system: You are a helpful assistant.
user:
Analyze the provided spectrum to determine if it is a **White Dwarf (WD)**.

A White Dwarf spectrum is defined by its **extreme purity** (due to gravitational settling) and/or **extreme pressure broadening** (due to high surface gravity). You must check for one of the following mutually exclusive signatures:

- **Key Visual Indicators (Check for ONE of these types):**

    - **1. DA-Type Signature (Most Common):**
        - **(Primary Feature):** Extreme pressure broadening (Stark broadening) of the **Hydrogen (H) Balmer lines**.
        - **(Key Lines):** $H\beta$ (approx. $4861$ Å) and $H\gamma$ (approx. $4340$ Å). $H\alpha$ (approx. $6563$ Å) will also be present if the wavelength range covers it.
        - **(Line Profile):** This is the **defining feature**. The lines are **NOT** sharp. They appear as massive, **extremely broad and deep "troughs" or "dips"** in the spectrum, often hundreds of Ångströms wide. The continuum will appear to "scoop" down at these wavelengths.
        - **(Distinction):** Normal A-type or B-type stars have *narrow* and *sharp* Hydrogen lines. A DA White Dwarf's lines are unmistakably "smeared" or "blurry" from pressure.

    - **2. DB-Type Signature:**
        - **(Primary Feature):** Broad absorption lines from **Neutral Helium (He I)**. The spectrum must lack any visible Hydrogen lines.
        - **(Key Lines):** Look for broad absorption near $4471$ Å, $4921$ Å, and $5876$ Å.
        - **(Line Profile):** These lines are also significantly pressure-broadened, appearing much wider than they would in a normal B-type main-sequence star.

    - **3. DC-Type Signature:**
        - **(Primary Feature):** A **featureless continuous spectrum**.
        - **(Line Profile):** The spectrum is a smooth curve with **no significant absorption or emission lines**.
        - **(Key Confirmation):** The continuum is almost always **blue or white**, indicating a hot object. This signature implies the atmosphere is so pure (or so cool) that no spectral lines are visible in the optical range. Its WD identity is confirmed by its extremely low intrinsic brightness (high absolute magnitude).

    - **4. DZ-Type Signature (Metal-Polluted):**
        - **(Primary Feature):** **Isolated, narrow metal absorption lines** on an otherwise featureless (DC-like) continuum.
        - **(Key Lines):** The **Calcium (Ca II) H & K doublet** (approx. **$3934$ Å** and **$3968$ Å**) is the most common and defining feature.
        - **(Line Profile):** These lines are "out of place." They are *not* part of a "forest" of thousands of lines. This signature is evidence of recent *accretion* (pollution) from rocky debris.
        - **(Distinction):** Normal G/K/M stars have a *dense forest* of thousands of metal lines. A DZ has a *clean* continuum with *only a few* strong metal lines.

    - **5. DQ-Type Signature (Carbon-Polluted):**
        - **(Primary Feature):** Absorption bands from **Carbon (C₂ "Swan Bands" or atomic C I)**.
        - **(Key Lines - C₂):** Look for bandheads with a "saw-tooth" shape near $5635$ Å, **$5165$ Å** (strongest), and $4737$ Å.
        - **(Key Confirmation):** The underlying **continuum must be blue or white** (hot).
        - **(Distinction):** This is the critical difference from a **Carbon Star**, which has the *exact same* C₂ bands but on an extremely **red, cool** continuum.

- **(Overall Spectrum):**
    - The continuum (overall shape) is typically **blue-sloping** (brighter in the blue than the red), as most white dwarfs are very hot.
    - The spectrum will look "pure" or "simple," dominated by only *one* of the five signatures listed above.

Think first, call **spectral_visualization_tool** if needed to examine features in detail, then provide your final answer. Your response must adhere to the following strict rules:
1.  **Overall Structure:** Your response must follow the format `<think>...</think> <tool_call>...</tool_call> (if a tool is used) <answer>...</answer>`.
2.  **Tool Usage Constraint:** You may only make **one** tool call per turn.
3.  **Final Answer Format:** In the `<answer>` tag, your conclusion must be inside a `\boxed{}` command (e.g., `\boxed{YES}` or `\boxed{NO}`), followed by your justification.

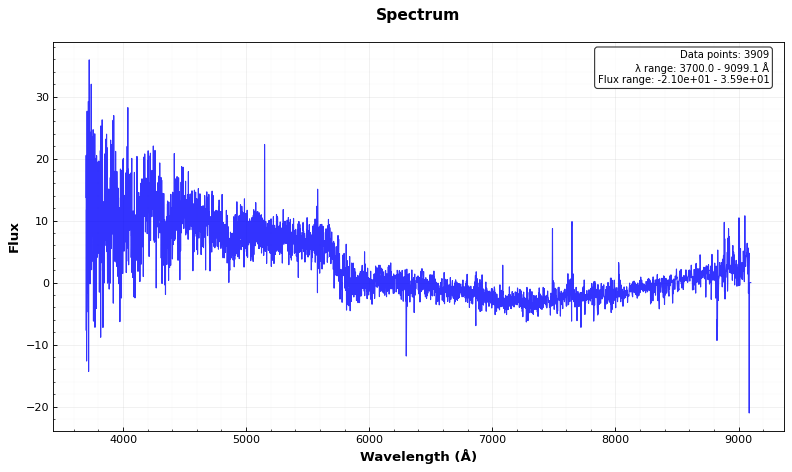
Answer: YES